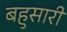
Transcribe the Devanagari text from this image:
बहुसारी